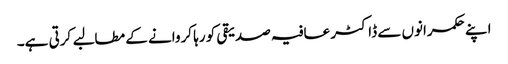
اپنے حکمرانوں سے ڈاکٹر عافیہ صدیقی کو رہا کروانے کے مطالبے کرتی ہے۔